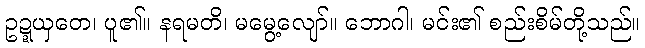
ဥဍ္ဍယှတေ၊ ပူ၏။ နရမတိ၊ မမွေ့လျော်။ ဘောဂါ၊ မင်း၏ စည်းစိမ်တို့သည်။